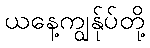
ယနေ့ကျွန်ုပ်တို့